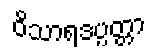
ဝိသာရဒပ္ပတ္တာ